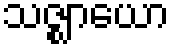
သဇ္ဈာယော